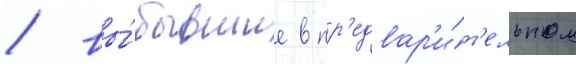
/ вы́бывшие в пр'едвар'и́т'ельном